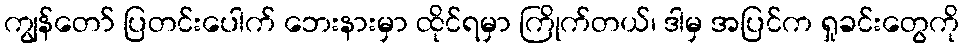
ကျွန်တော် ပြတင်းပေါက် ဘေးနားမှာ ထိုင်ရမှာ ကြိုက်တယ်၊ ဒါမှ အပြင်က ရှုခင်းတွေကို